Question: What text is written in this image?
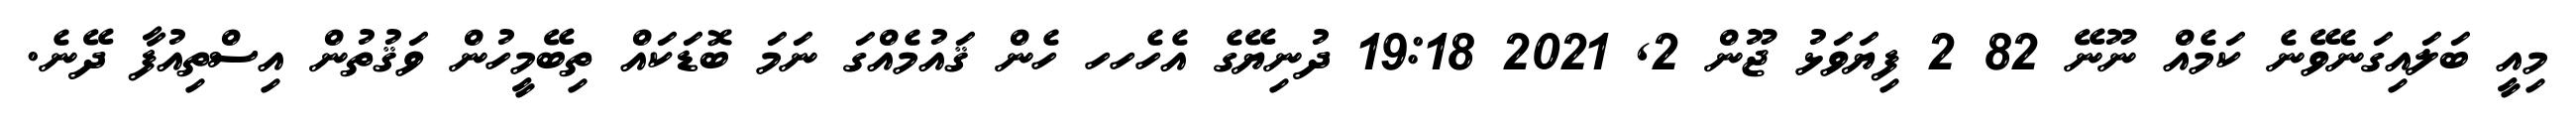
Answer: މިއީ ބަލައިގަނެވޭނެ ކަމެއް ނޫނޭ 82 2 ފިޔަވަޅު ޖޫން 2, 2021 19:18 ދުނިޔޭގެ އެހެހހ ހެން ޤައުމެއްގަ ނަމަ ބޮޑަކައް ތިބޭމީހުން ވަޤުތުން އިސްތިއުފާ ދޭނެ.